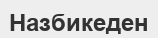
Назбикеден